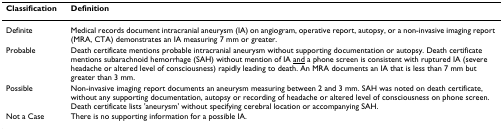
| Classification | Definition |
 | --- | --- |
 | Definite | Medical records document intracranial aneurysm (IA) on angiogram, operative report, autopsy, or a non-invasive imaging report (MRA, CTA) demonstrates an IA measuring 7 mm or greater. |
 | Probable | Death certificate mentions probable intracranial aneurysm without supporting documentation or autopsy. Death certificate mentions subarachnoid hemorrhage (SAH) without mention of IA <underline>and</underline> a phone screen is consistent with ruptured IA (severe headache or altered level of consciousness) rapidly leading to death. An MRA documents an IA that is less than 7 mm but greater than 3 mm. |
 | Possible | Non-invasive imaging report documents an aneurysm measuring between 2 and 3 mm. SAH was noted on death certificate, without any supporting documentation, autopsy or recording of headache or altered level of consciousness on phone screen. Death certificate lists 'aneurysm' without specifying cerebral location or accompanying SAH. |
 | Not a Case | There is no supporting information for a possible IA. |